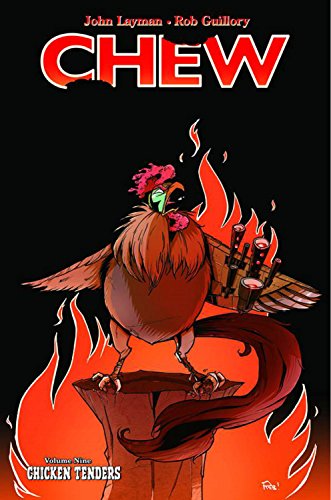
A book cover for Chew Volume 9: Chicken Tenders (Chew Tp); John Layman; Comics & Graphic Novels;